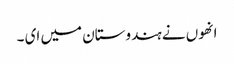
انھوں نے ہندوستان میں ای ۔